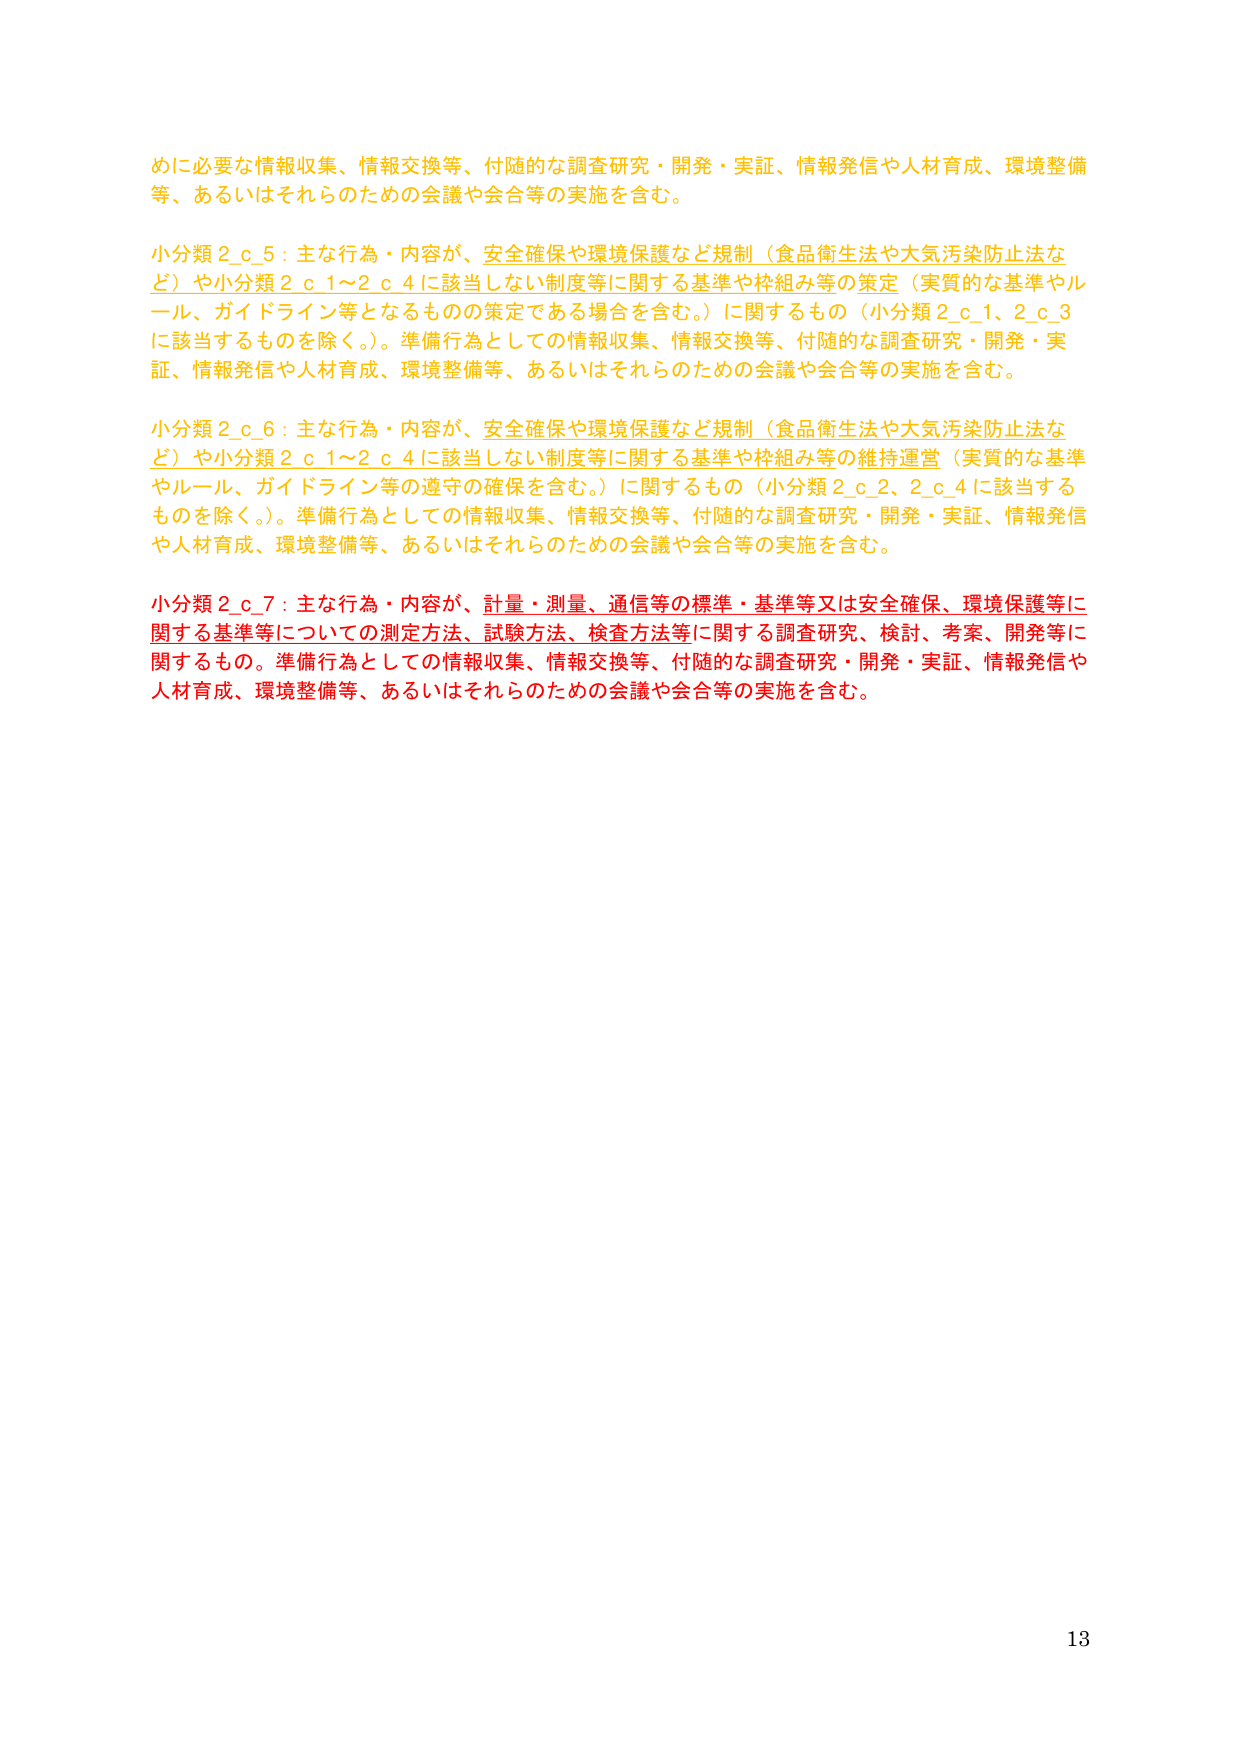
めに必要な情報収集、情報交換等、付随的な調査研究・開発・実証、情報発信や人材育成、環境整備等、あるいはそれらのための会議や会合等の実施を含む。

小分類 2_c_5：主な行為・内容が、安全確保や環境保護など規制（食品衛生法や大気汚染防止法など）や小分類 2_c_1～2_c_4 に該当しない制度等に関する基準や枠組み等の策定（実質的な基準やルール、ガイドライン等となるものの策定である場合を含む。）に関するもの（小分類 2_c_1、2_c_3 に該当するものを除く。）。準備行為としての情報収集、情報交換等、付随的な調査研究・開発・実証、情報発信や人材育成、環境整備等、あるいはそれらのための会議や会合等の実施を含む。

小分類 2_c_6：主な行為・内容が、安全確保や環境保護など規制（食品衛生法や大気汚染防止法など）や小分類 2_c_1～2_c_4 に該当しない制度等に関する基準や枠組み等の維持運営（実質的な基準やルール、ガイドライン等の遵守の確保を含む。）に関するもの（小分類 2_c_2、2_c_4 に該当するものを除く。）。準備行為としての情報収集、情報交換等、付随的な調査研究・開発・実証、情報発信や人材育成、環境整備等、あるいはそれらのための会議や会合等の実施を含む。

小分類 2_c_7：主な行為・内容が、計量・測量、通信等の標準・基準等又は安全確保、環境保護等に関する基準等についての測定方法、試験方法、検査方法等に関する調査研究、検討、考案、開発等に関するもの。準備行為としての情報収集、情報交換等、付随的な調査研究・開発・実証、情報発信や人材育成、環境整備等、あるいはそれらのための会議や会合等の実施を含む。

13